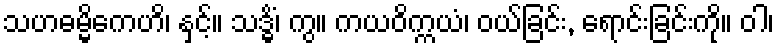
သဟဓမ္မိကေဟိ၊ နှင့်။ သဒ္ဓိံ၊ ကွ။ ကယဝိက္ကယံ၊ ဝယ်ခြင်း, ရောင်းခြင်းကို။ ဝါ၊